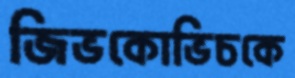
জিভকোভিচকে